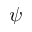
\psi